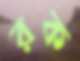
রক